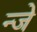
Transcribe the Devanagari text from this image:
न्जे